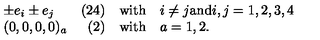
\begin{array} { l r c l } { \pm e _ { i } \pm e _ { j } } & { ( 2 4 ) } & { \mathrm { w i t h } } & { i \neq j \mathrm { a n d } i , j = 1 , 2 , 3 , 4 } \\ { ( 0 , 0 , 0 , 0 ) _ { a } } & { ( 2 ) } & { \mathrm { w i t h } } & { a = 1 , 2 . } \\ \end{array}